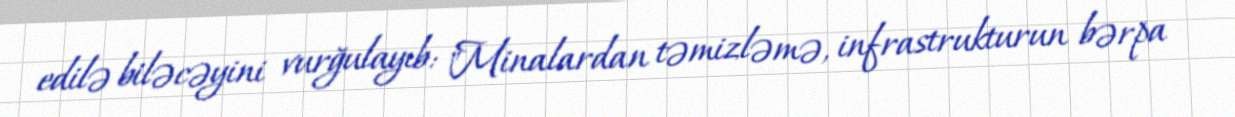
edilə biləcəyini vurğulayıb: "Minalardan təmizləmə, infrastrukturun bərpa